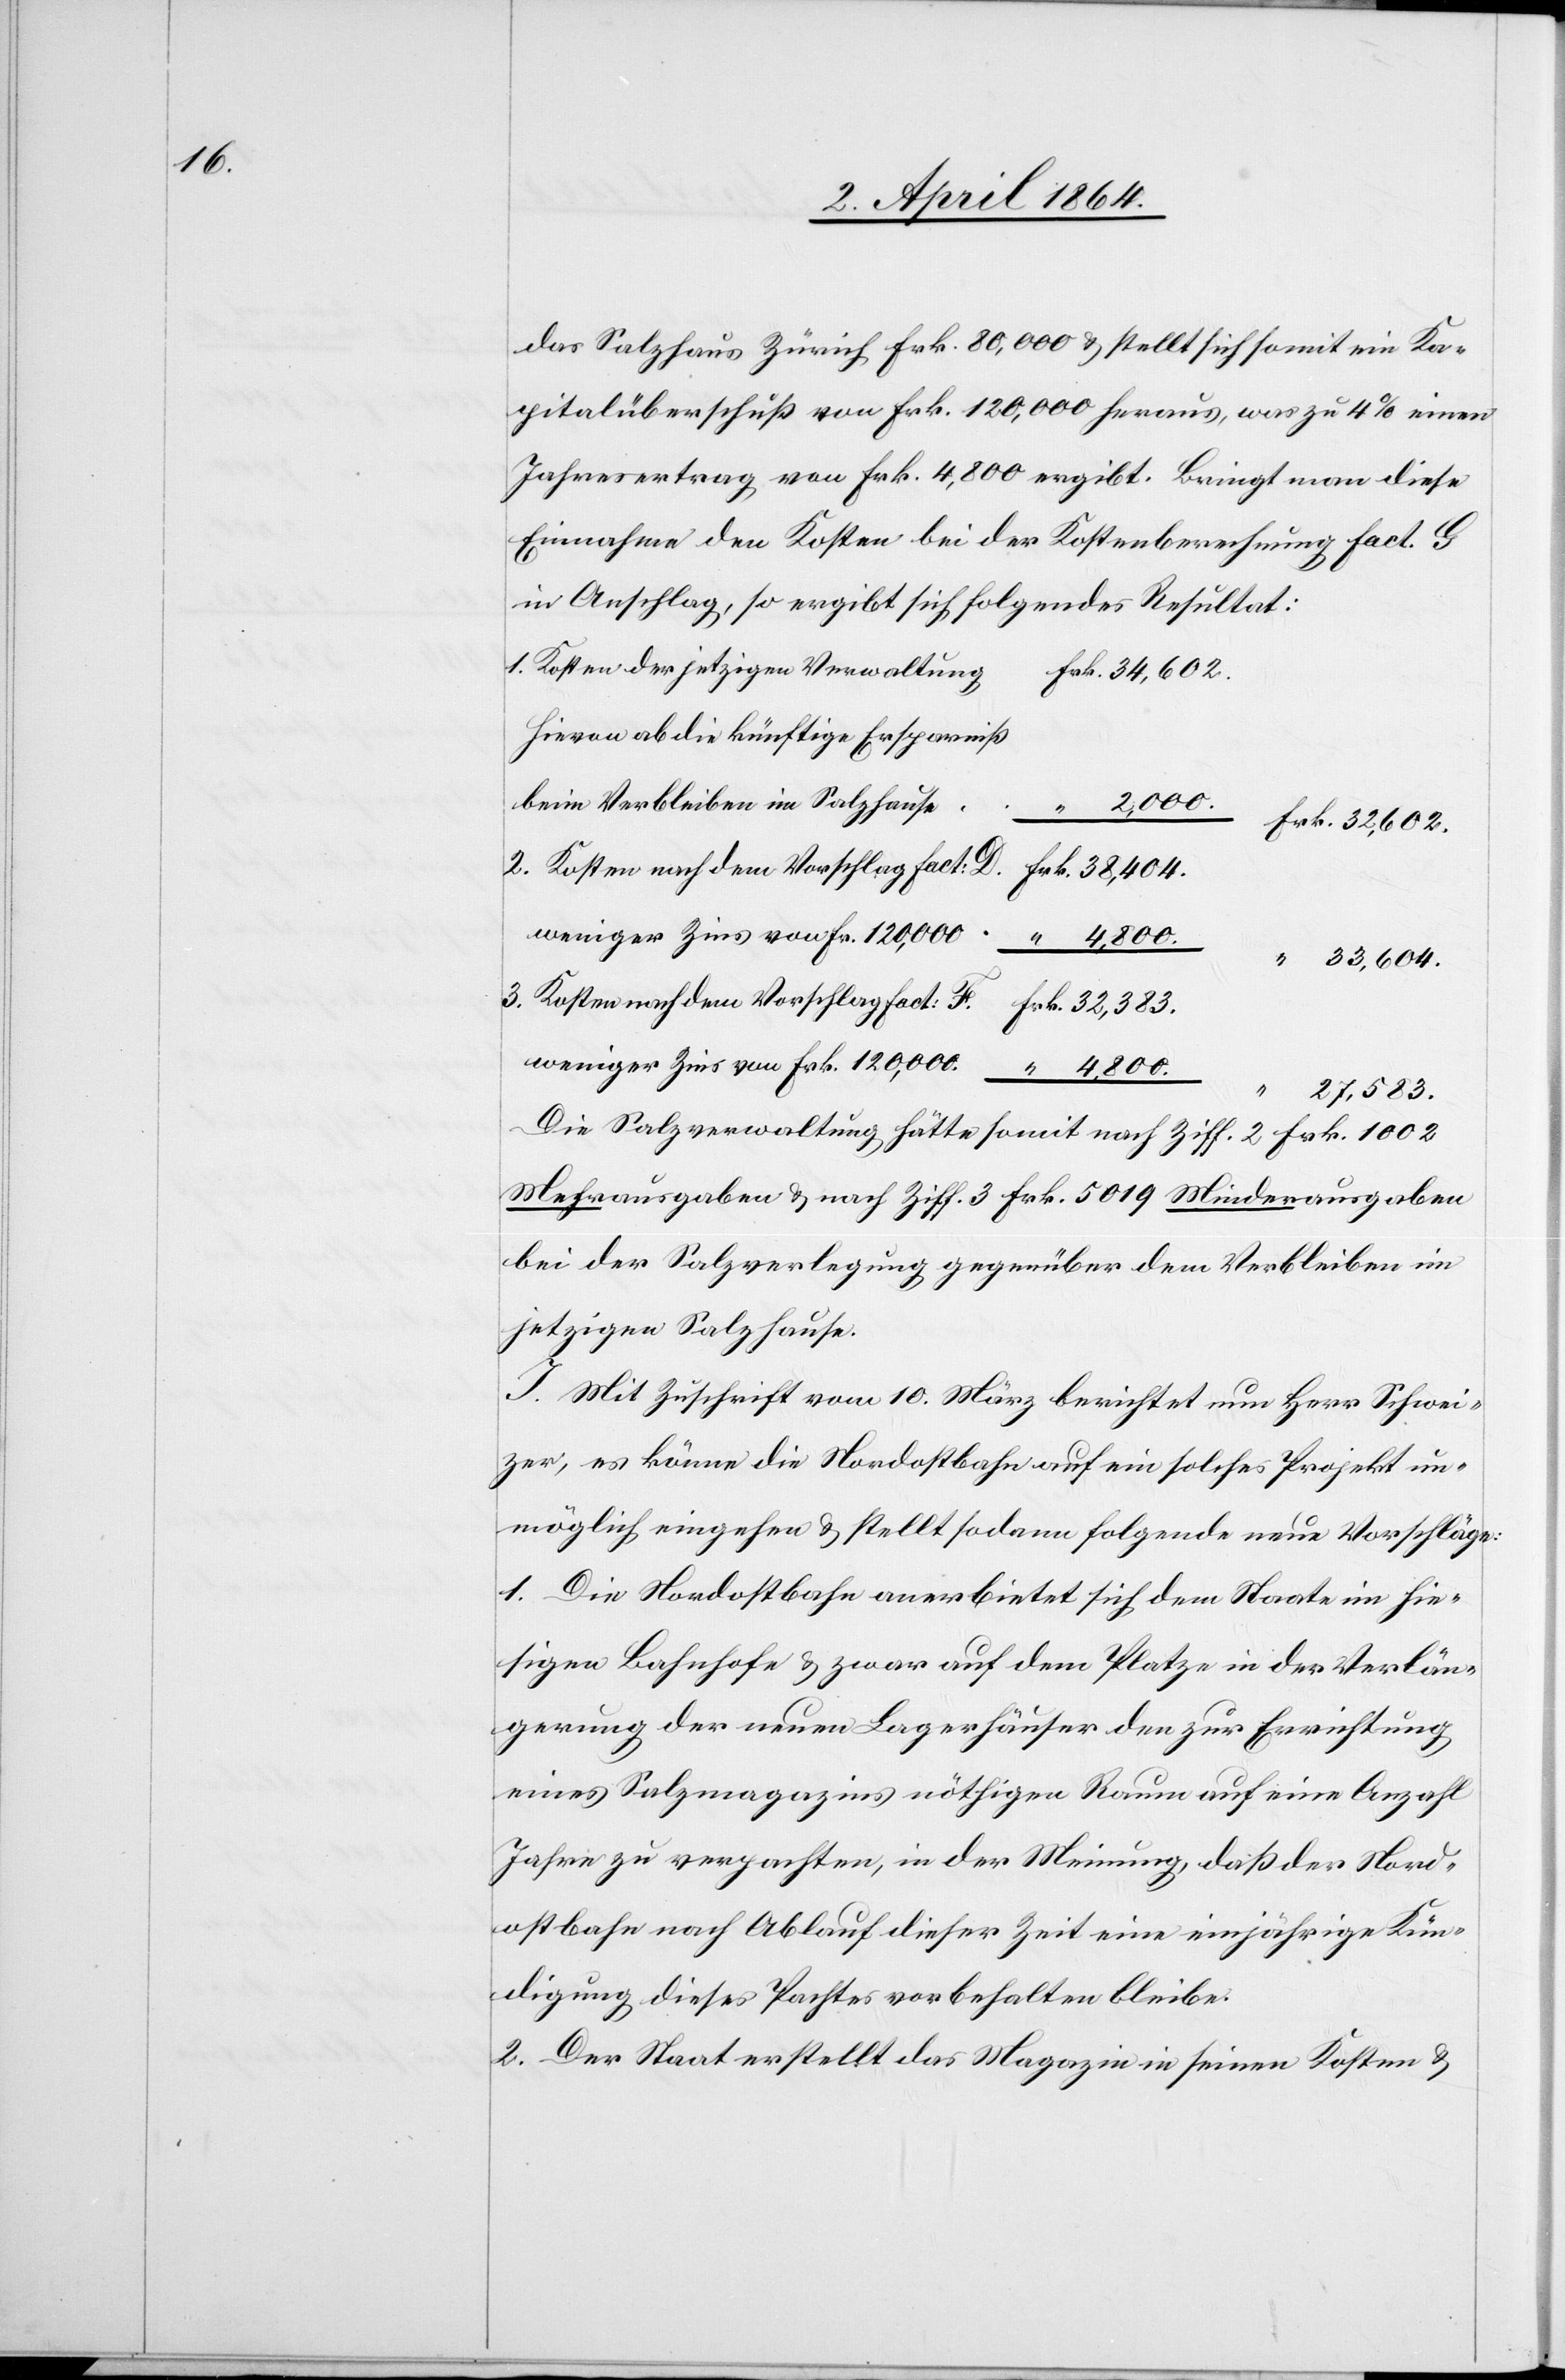
das Salzhaus Zürich Frk. 80,000 u. stellt sich somit ein Ka¬
pitalüberschuß von Frk. 120,000 heraus, was zu 4% einen
Jahresertrag von Frk. 4,800 ergibt. Bringt man diese
Einnahme den Kosten bei der Kostenberechnung fact. G
in Anschlag, so ergibt sich folgendes Resultat:
1. Kosten der jetzigen Verwaltun¬
Frk. 32,602.
Hievon ab die künftige Ersparniß
beim Verbleiben im Salzhaus¬
3. Kosten nach dem Vorschlag fact:
weniger Zins von Fr. 120,000
weniger Zins von Frk. 120,000.
e
Die Salzverwaltung hätte somit nach Ziff. 2 Frk. 1002
Mehrausgaben u. nach Ziff. 3 Frk. 5019 Minderausgaben
bei der Salzverlegung gegenüber dem Verbleiben im
jetzigen Salzhause.
I. Mit Zuschrift vom 10. März berichtet nun Herr Schwei¬
zer, es könne die Nordostbahn auf ein solches Projekt un¬
möglich eingehen u. stellt sodann folgende neue Vorschläge:
1. Die Nordostbahn anerbietet sich dem Staate im hie¬
sigen Bahnhofe u. zwar auf dem Platze in der Verlän¬
gerung der neuen Lagerhäuser den zur Errichtung
eines Salzmagazins nöthigen Raum auf eine Anzahl
Jahre zu verpachten, in der Meinung, daß der Nord¬
ostbahn nach Ablauf dieser Zeit eine einjährige Kün¬
digung dieses Pachtes vorbehalten bleibe.
2. Der Staat erstellt das Magazin in seinen Kosten u.